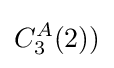
C_{3}^{A}(2))